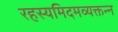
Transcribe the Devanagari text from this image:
रहस्यमिदमव्यक्तन्न